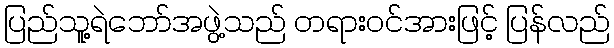
ပြည်သူ့ရဲဘော်အဖွဲ့သည် တရားဝင်အားဖြင့် ပြန်လည်